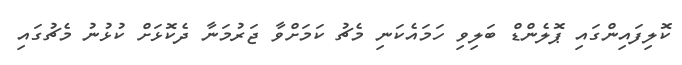
ކޮލިފައިންގައި ޕޮލެންޑް ބަލިވި ހަމައެކަނި މެޗު ކަމަށްވާ ޖަރުމަނާ ދެކޮޅަށް ކުޅުނު މެޗުގައި